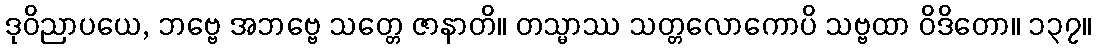
ဒုဝိညာပယေ, ဘဗ္ဗေ အဘဗ္ဗေ သတ္တေ ဇာနာတိ။ တသ္မာဿ သတ္တလောကောပိ သဗ္ဗထာ ဝိဒိတော။ ၁၃၇။